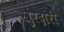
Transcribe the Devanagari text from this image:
खुरदारी